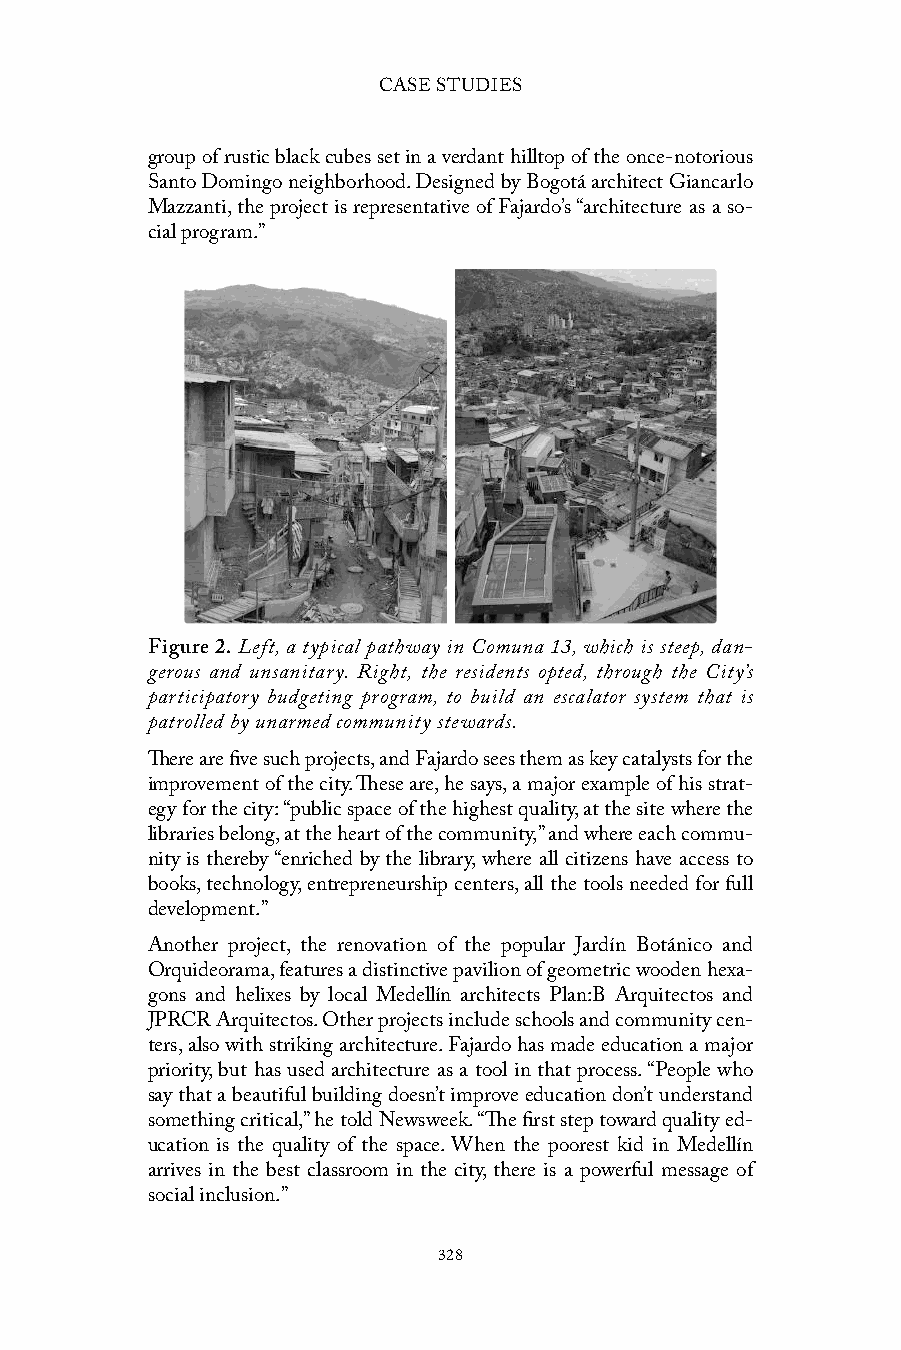
CASE STUDIES
 group of rustic black cubes set in a verdant hilltop of the once-notorious
 Santo Domingo neighborhood. Designed by Bogotá architect Giancarlo
 Mazzanti, the project is representative of Fajardo’s “architecture as a so-
 cial program.”
 Figure 2. Left, a typical pathway in Comuna 13, which is steep, dan-
 gerous and unsanitary. Right, the residents opted, through the City’s
 participatory budgeting program, to build an escalator system that is
 patrolled by unarmed community stewards.
 There are five such projects, and Fajardo sees them as key catalysts for the
 improvement of the city. These are, he says, a major example of his strat-
 egy for the city: “public space of the highest quality, at the site where the
 libraries belong, at the heart of the community,” and where each commu-
 nity is thereby “enriched by the library, where all citizens have access to
 books, technology, entrepreneurship centers, all the tools needed for full
 development.”
 Another project, the renovation of the popular Jardín Botánico and
 Orquideorama, features a distinctive pavilion of geometric wooden hexa-
 gons and helixes by local Medellín architects Plan:B Arquitectos and
 JPRCR Arquitectos. Other projects include schools and community cen-
 ters, also with striking architecture. Fajardo has made education a major
 priority, but has used architecture as a tool in that process. “People who
 say that a beautiful building doesn’t improve education don’t understand
 something critical,” he told Newsweek. “The first step toward quality ed-
 ucation is the quality of the space. When the poorest kid in Medellín
 arrives in the best classroom in the city, there is a powerful message of
 social inclusion.”
 328